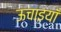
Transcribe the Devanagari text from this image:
ऊचाइयाँ